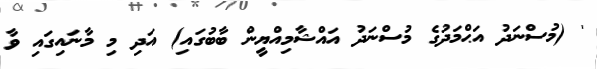
' (މުސްނަދު އަޙްމަދުގެ މުސްނަދު އައްޝާމިއްޔީން ބާބުގައި) އަދި މި މާނައިގައި ވާ